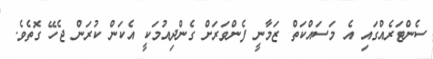
ސެންޓަރެއްގައި އެ މަސައްކަތް ޒަމާނީ ފެންވަރަށް ގެންދިއުމަކީ އެކަން ކުރަން ޖެހޭ ގޮތެވެ.